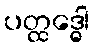
ပတ္ထဒ္ဓေါ